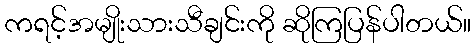
ကရင့်အမျိုးသားသီချင်းကို ဆိုကြပြန်ပါတယ်။